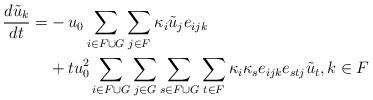
LaTeX: \begin{align*}\frac{d\tilde{u}_k}{dt} =& - u_0\sum_{i\in F\cup G}\sum_{j\in F}\kappa_i \tilde{u}_je_{ijk}\\&+tu_0^2\sum_{i\in F\cup G}\sum_{j\in G}\sum_{s\in F\cup G}\sum_{t\in F}\kappa_i\kappa_s e_{ijk}e_{stj}\tilde{u}_{t}, k \in F\end{align*}